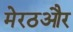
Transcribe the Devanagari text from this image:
मेरठऔर